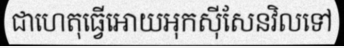
ជាហេតុធ្វើអោយអុកស៊ីសែនវិលទៅ